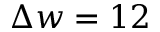
\Delta w = 1 2